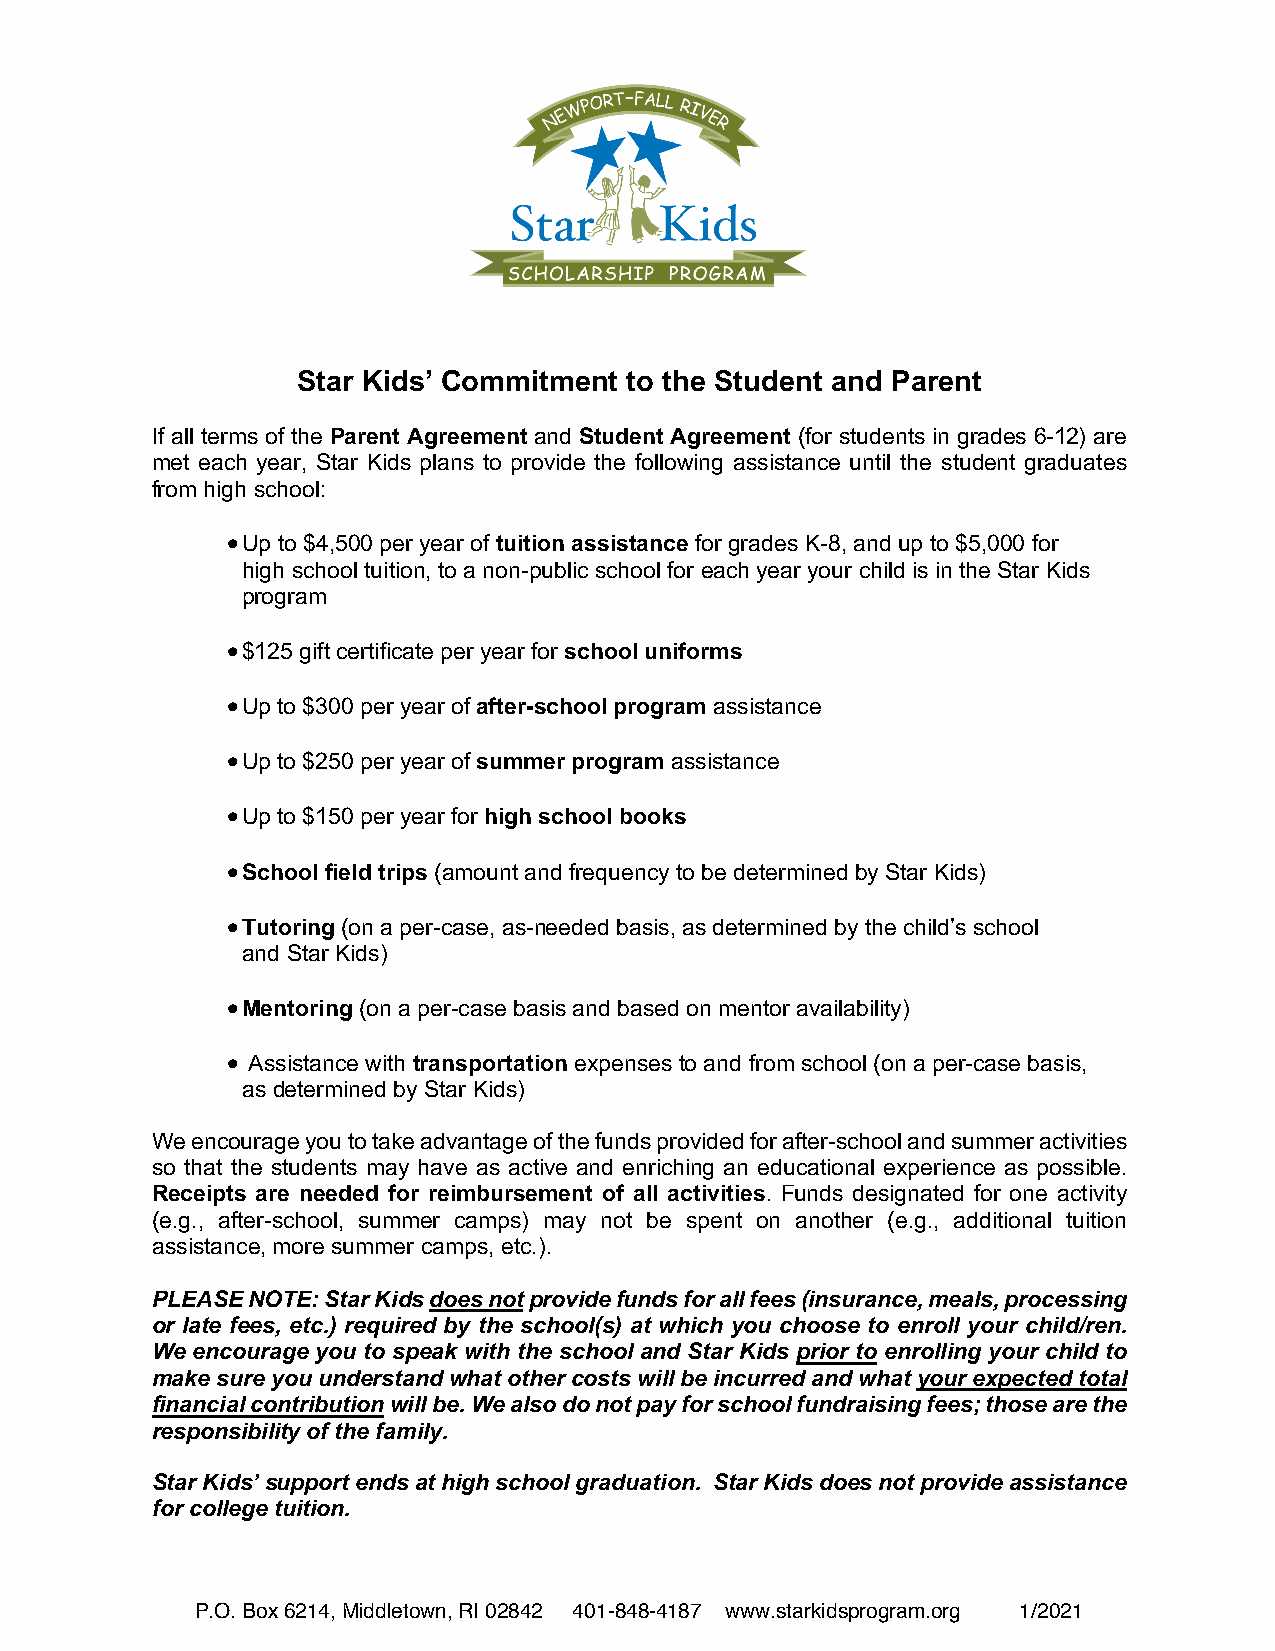
Star Kids’ Commitment to the Student and Parent
 If all terms of the Parent Agreement and Student Agreement (for students in grades 6-12) are
 met each year, Star Kids plans to provide the following assistance until the student graduates
 from high school:
 • Up to $4,500 per year of tuition assistance for grades K-8, and up to $5,000 for
 high school tuition, to a non-public school for each year your child is in the Star Kids
 program
 • $125 gift certificate per year for school uniforms
 • Up to $300 per year of after-school program assistance
 • Up to $250 per year of summer program assistance
 • Up to $150 per year for high school books
 • School field trips (amount and frequency to be determined by Star Kids)
 • Tutoring (on a per-case, as-needed basis, as determined by the child’s school
 and Star Kids)
 • Mentoring (on a per-case basis and based on mentor availability)
 • Assistance with transportation expenses to and from school (on a per-case basis,
 as determined by Star Kids)
 We encourage you to take advantage of the funds provided for after-school and summer activities
 so that the students may have as active and enriching an educational experience as possible.
 Receipts are needed for reimbursement of all activities. Funds designated for one activity
 (e.g., after-school, summer camps) may not be spent on another (e.g., additional tuition
 assistance, more summer camps, etc.).
 PLEASE NOTE: Star Kids does not provide funds for all fees (insurance, meals, processing
 or late fees, etc.) required by the school(s) at which you choose to enroll your child/ren.
 We encourage you to speak with the school and Star Kids prior to enrolling your child to
 make sure you understand what other costs will be incurred and what your expected total
 financial contribution will be. We also do not pay for school fundraising fees; those are the
 responsibility of the family.
 Star Kids’ support ends at high school graduation. Star Kids does not provide assistance
 for college tuition.
 P.O. Box 6214, Middletown, RI 02842 401-848-4187 www.starkidsprogram.org 1/2021